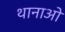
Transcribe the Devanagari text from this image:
थानाओ